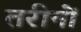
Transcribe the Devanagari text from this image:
तरीनों